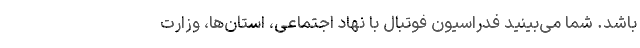
باشد. شما می‌بینید فدراسیون فوتبال با نهاد اجتماعی، استان‌ها، وزارت